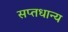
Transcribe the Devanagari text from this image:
सप्तधान्य